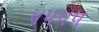
૫૫૫૫